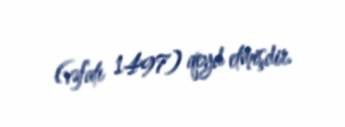
(vəfatı 1497) qeyd etmişdir.